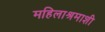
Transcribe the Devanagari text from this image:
महिलाश्रमाशी